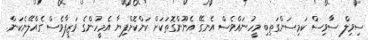
ސިވިލް ސާވިސް ކަމިސަންގަތިބި މީހުނައްވެސް އެނގޭ އެނޫންގޮތަކަށް ކަންކޮށްފިޔާ އެމީހުންގެ ވަޒީފާވެސް ގެއްލޭނެކަން.